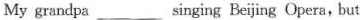
My grandpa ___ singing Beijing Opera, but